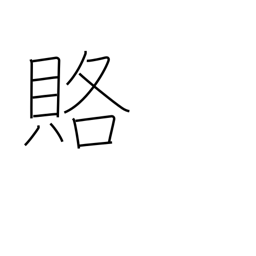
Meaning: bribe